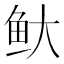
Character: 𬶃